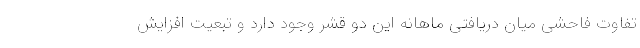
تفاوت فاحشی میان دریافتی ماهانه این دو قشر وجود دارد و تبعیت افزایش